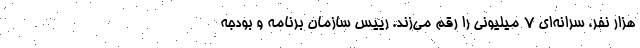
هزار نفر، سرانه‌ای ۷ میلیونی را رقم می‌زند. رییس سازمان برنامه و بودجه